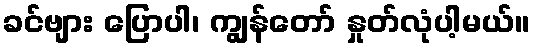
ခင်ဗျား ပြောပါ၊ ကျွန်တော် နှုတ်လုံပါ့မယ်။